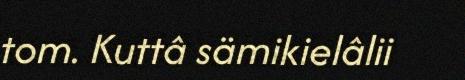
tom. Kuttâ sämikielâlii